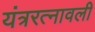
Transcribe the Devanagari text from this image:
यंत्ररत्नावली